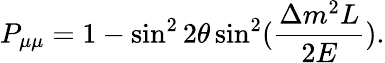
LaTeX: P_{\mu\mu}=1-\sin^{2}2\theta\sin^{2}(\frac{\Delta m^{2}L}{2E}).